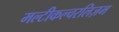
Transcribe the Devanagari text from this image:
मल्टीकल्चरलिज़म